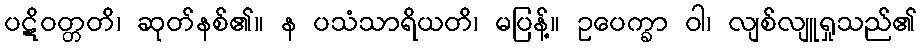
ပဋိဝတ္တတိ၊ ဆုတ်နစ်၏။ န ပသံသာရိယတိ၊ မပြန့်။ ဥပေက္ခာ ဝါ၊ လျစ်လျူရှုသည်၏